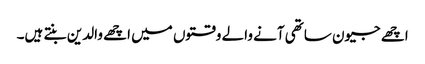
اچھے جیون ساتھی آنے والے وقتوں میں اچھے والدین بنتے ہیں۔